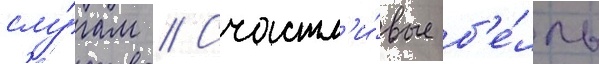
слу́гам // Счастл'и́вые б'е́лль